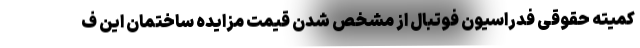
کمیته حقوقی فدراسیون فوتبال از مشخص شدن قیمت مزایده ساختمان این ف